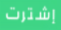
إشترت